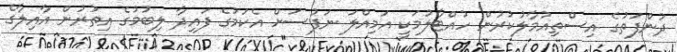
ދުންފަތުގެ އިސްތިއުމާލުކުރުން ހުއްޓާލުމަކީ އަމިއްލަ ނަފުސަށް އެކަމުގެ ފައިދާ ލިބުމުގެ އިތުރުން އާއިލާގެ